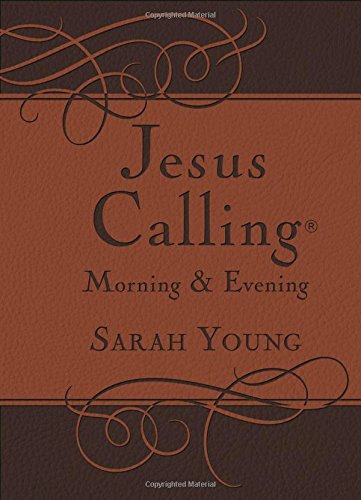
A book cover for Jesus Calling Morning and Evening Devotional; Sarah Young; Christian Books & Bibles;